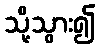
သို့သွား၍